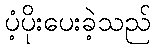
ပံ့ပိုးပေးခဲ့သည်